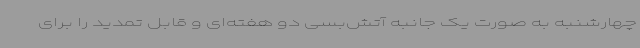
چهارشنبه به صورت یک جانبه آتش‌بسی دو هفته‌ای و قابل تمدید را برای